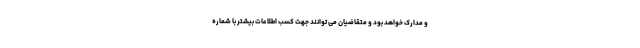
و مدارک خواهد بود و متقاضیان می توانند جهت کسب اطلاعات بیشتر با شماره